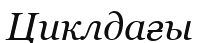
Циклдағы